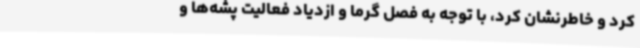
کرد و خاطرنشان کرد، با توجه به فصل گرما و ازدیاد فعالیت پشه‌ها و